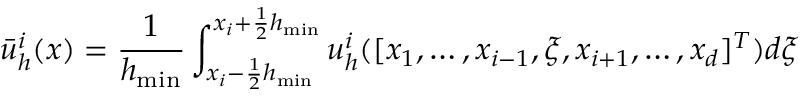
\bar { u } _ { h } ^ { i } ( \boldsymbol { x } ) = \frac { 1 } { h _ { \operatorname* { m i n } } } \int _ { x _ { i } - \frac { 1 } { 2 } h _ { \operatorname* { m i n } } } ^ { x _ { i } + \frac { 1 } { 2 } h _ { \operatorname* { m i n } } } u _ { h } ^ { i } ( [ x _ { 1 } , \ldots , x _ { i - 1 } , \xi , x _ { i + 1 } , \ldots , x _ { d } ] ^ { T } ) d \xi